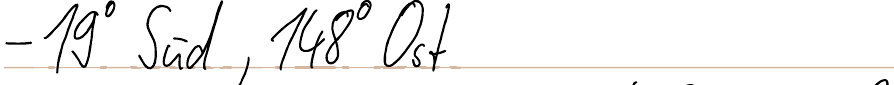
- 19° Süd, 148° Ost